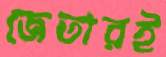
জেতারই